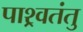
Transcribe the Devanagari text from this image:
पाश्र्वतंतु